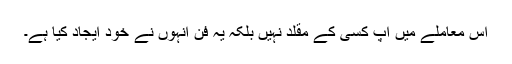
اِس معاملے میں آپ کسی کے مقلد نہیں بلکہ یہ فن انہوں نے خود ایجاد کیا ہے۔